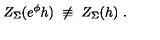
Z _ { \Sigma } ( e ^ { \phi } h ) \ \not \equiv \ Z _ { \Sigma } ( h ) \ .